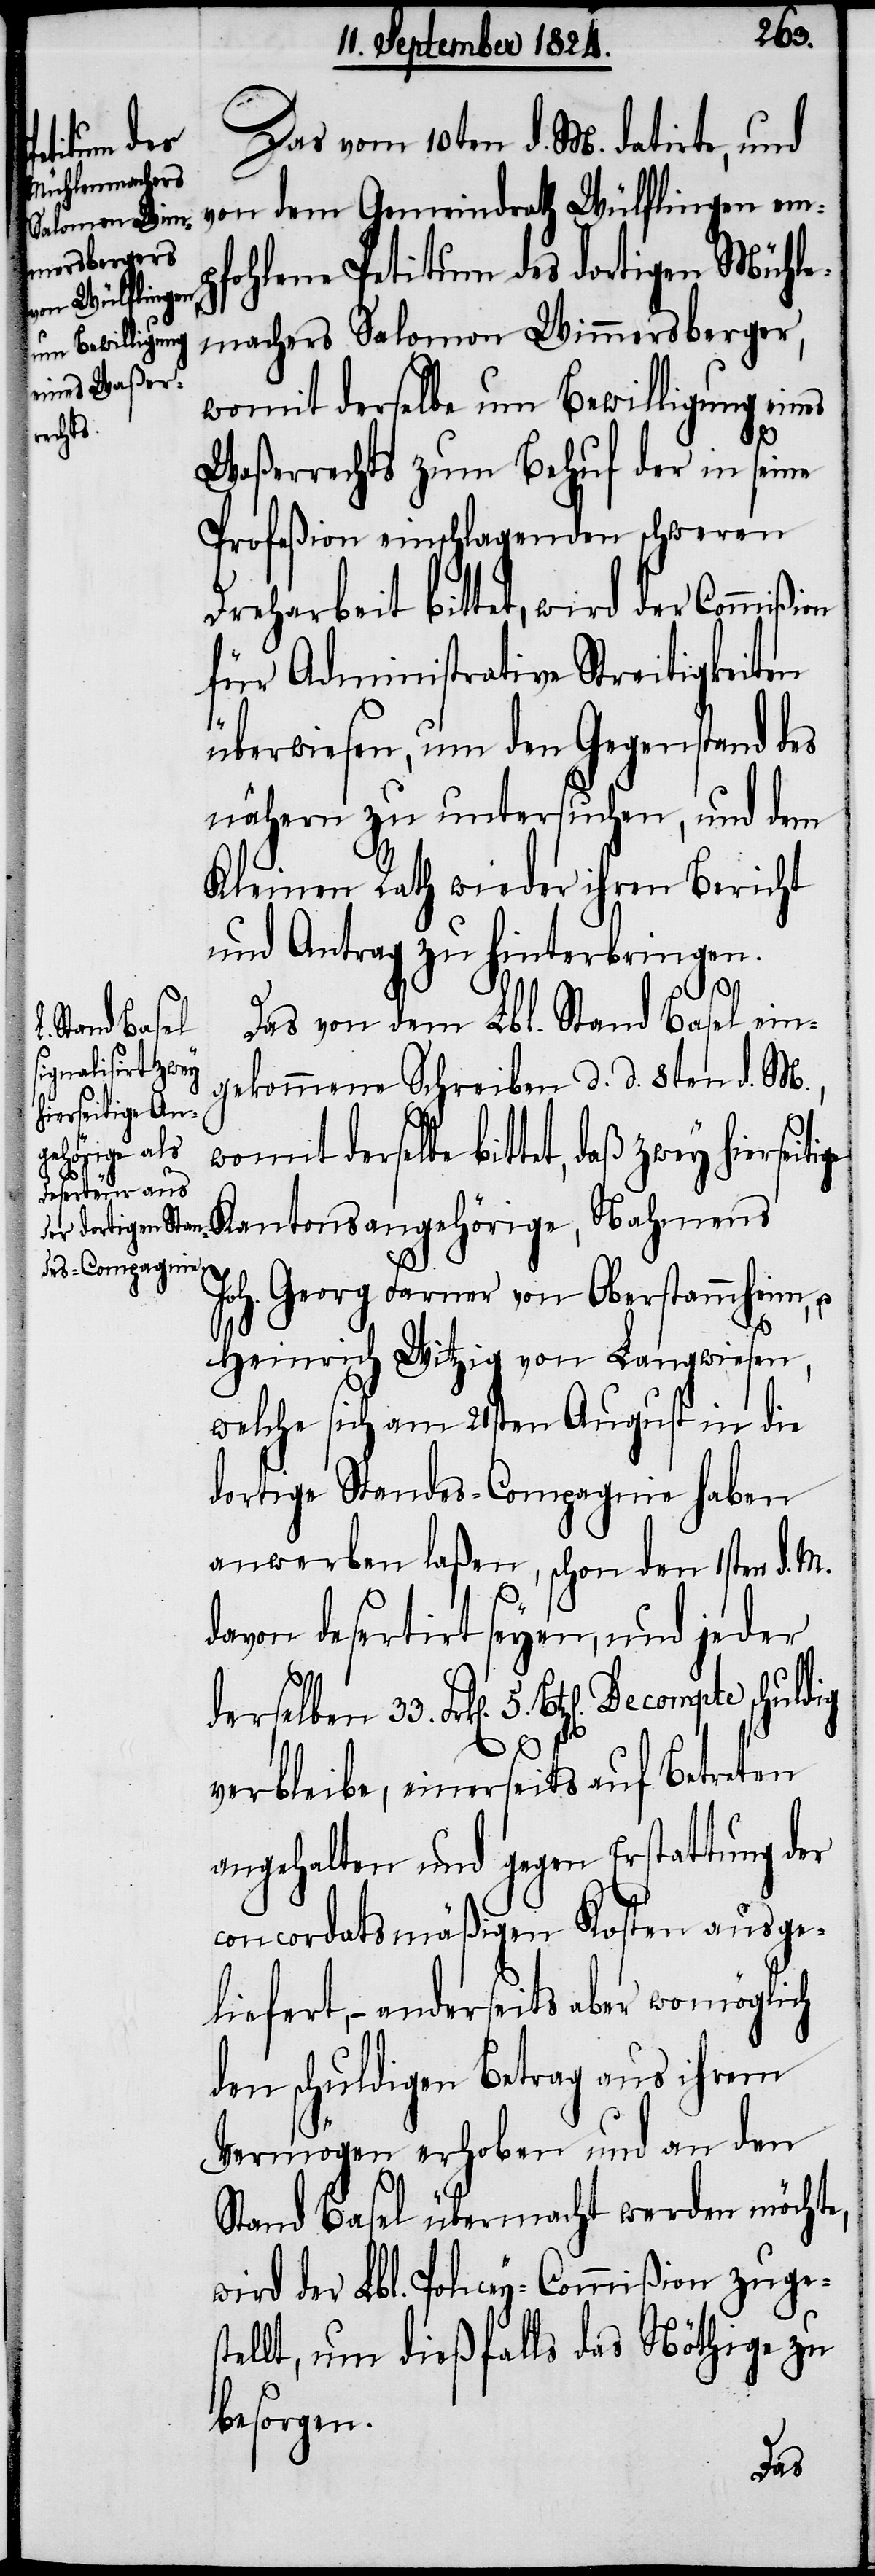
Das vom 10ten d. M. datirte, und
von dem Gemeindrath Wülflingen emp¬
fohlene Petitum des dortigen Mühle¬
machers Salomon Wimmersberger,
womit derselbe um Bewilligung eines
Waßerrechts zum Behuf der in seine
Profeßion einschlagenden schweren
Dreharbeit bittet, wird der Commißion
für Administrative Streitigkeiten
ge
überwiesen, um den Gegenstand des
nähern zu untersuchen, und dem
Kleinen Rath wieder ihren Bericht
und Antrag zu hinterbringen.
ch
Das von dem Lbl. Stand Basel ein¬
gekommene Schreiben d. d. 8ten d. M.,
derselbe bittet, daß zwey hierseiti¬
Kantonsangehörige, Nahmens
Joh. Georg Farner von Oberstammheim, u.
Heinrich Witzig von Langwiesen,
welche sich am 21sten August in die
dortige Standes-Compagnie haben
anwerben laßen, schon den 1sten d. M.
davon desertirt seyen, und jeder
Frk[en]. 5. Btz[en]. Decompte schuldig
verbleibe, einerseits auf Betreten
angehalten und gegen Erstattung der
concordatsmäßigen Kosten ausge¬
liefert, – anderseits aber womögli¬
den schuldigen Betrag aus ihrem
Vermögen erhoben und an den
Stand Basel übermacht werden möchte,
wird der Lbl. Policey-Commißion zuges¬
tellt, um dießfalls das Nöthige zu
besorgen.